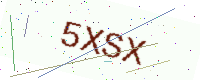
Text: 5XSX